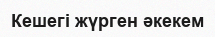
Кешегі жүрген әкекем